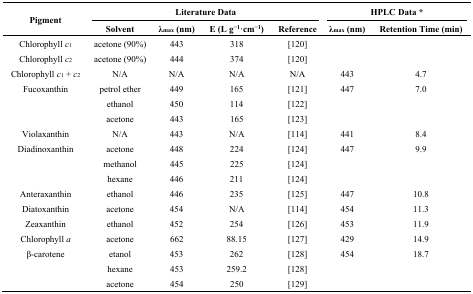
<table><thead><tr><td rowspan="2"><b>Pigment</b></td><td colspan="4"><b>Literature Data</b></td><td colspan="2"><b>HPLC Data *</b></td></tr><tr><td><b>Solvent</b></td><td><b>λ<sub>max</sub> (nm)</b></td><td><b>E (L g<sup>−1</sup>·cm<sup>−1</sup>)</b></td><td><b>Reference</b></td><td><b>λ<sub>max</sub> (nm)</b></td><td><b>Retention Time (min)</b></td></tr></thead><tbody><tr><td>Chlorophyll <i>c</i><sub>1</sub></td><td>acetone (90%)</td><td>443</td><td>318</td><td>[120]</td><td></td><td></td></tr><tr><td>Chlorophyll <i>c</i><sub>2</sub></td><td>acetone (90%)</td><td>444</td><td>374</td><td>[120]</td><td></td><td></td></tr><tr><td>Chlorophyll <i>c</i><sub>1</sub> + <i>c</i><sub>2</sub></td><td>N/A</td><td>N/A</td><td>N/A</td><td>N/A</td><td>443</td><td>4.7</td></tr><tr><td>Fucoxanthin</td><td>petrol ether</td><td>449</td><td>165</td><td>[121]</td><td>447</td><td>7.0</td></tr><tr><td></td><td>ethanol</td><td>450</td><td>114</td><td>[122]</td><td></td><td></td></tr><tr><td></td><td>acetone</td><td>443</td><td>165</td><td>[123]</td><td></td><td></td></tr><tr><td>Violaxanthin</td><td>N/A</td><td>443</td><td>N/A</td><td>[114]</td><td>441</td><td>8.4</td></tr><tr><td>Diadinoxanthin</td><td>acetone</td><td>448</td><td>224</td><td>[124]</td><td>447</td><td>9.9</td></tr><tr><td></td><td>methanol</td><td>445</td><td>225</td><td>[124]</td><td></td><td></td></tr><tr><td></td><td>hexane</td><td>446</td><td>211</td><td>[124]</td><td></td><td></td></tr><tr><td>Anteraxanthin</td><td>ethanol</td><td>446</td><td>235</td><td>[125]</td><td>447</td><td>10.8</td></tr><tr><td>Diatoxanthin</td><td>acetone</td><td>454</td><td>N/A</td><td>[114]</td><td>454</td><td>11.3</td></tr><tr><td>Zeaxanthin</td><td>ethanol</td><td>452</td><td>254</td><td>[126]</td><td>453</td><td>11.9</td></tr><tr><td>Chlorophyll <i>a</i></td><td>acetone</td><td>662</td><td>88.15</td><td>[127]</td><td>429</td><td>14.9</td></tr><tr><td>β-carotene</td><td>etanol</td><td>453</td><td>262</td><td>[128]</td><td>454</td><td>18.7</td></tr><tr><td></td><td>hexane</td><td>453</td><td>259.2</td><td>[128]</td><td></td><td></td></tr><tr><td></td><td>acetone</td><td>454</td><td>250</td><td>[129]</td><td></td><td></td></tr></tbody></table>